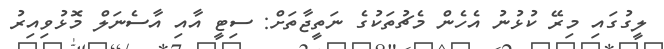
ލީގުގައި މިރޭ ކުޅުނު އެހެން މެޗުތަކުގެ ނަތީޖާތަށް: ސިޓީ އާއި އާސެނަލް މޮޅުވިއިރު